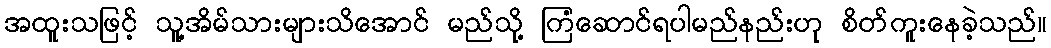
အထူးသဖြင့် သူ့အိမ်သားများသိအောင် မည်သို့ ကြံဆောင်ရပါမည်နည်းဟု စိတ်ကူးနေခဲ့သည်။